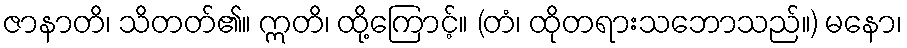
ဇာနာတိ၊ သိတတ်၏။ ဣတိ၊ ထို့ကြောင့်။ (တံ၊ ထိုတရားသဘောသည်။) မနော၊